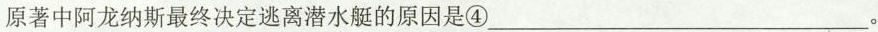
原著中阿龙纳斯最终决定逃离潜水艇的原因是④___ 。